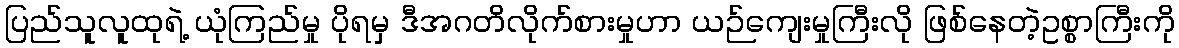
ပြည်သူလူထုရဲ့ ယုံကြည်မှု ပိုရမှ ဒီအဂတိလိုက်စားမှုဟာ ယဉ်ကျေးမှုကြီးလို ဖြစ်နေတဲ့ဥစ္စာကြီးကို